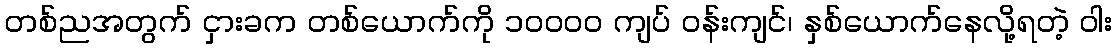
တစ်ညအတွက် ငှားခက တစ်ယောက်ကို ၁၀၀၀၀ ကျပ် ဝန်းကျင်၊ နှစ်ယောက်နေလို့ရတဲ့ ဝါး